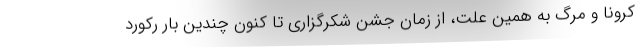
کرونا و مرگ به همین علّت، از زمان جشن شکرگزاری تا کنون چندین بار رکورد